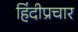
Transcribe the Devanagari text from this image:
हिंदीप्रचार